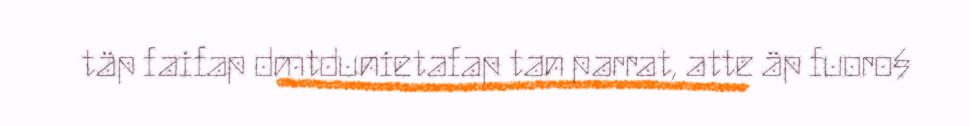
täp faifap dmtdunietafap tan parrat, atte äp fuoro§